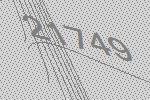
21749